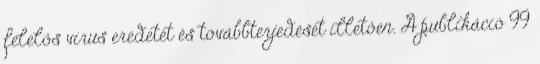
felelős vírus eredetét és továbbterjedését illetően. A publikáció 99